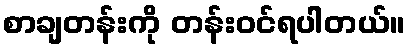
စာချတန်းကို တန်းဝင်ရပါတယ်။